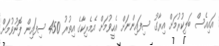
އައިއެސް ބަލިކުރުމަށް އިރާގު ސިފައިންނަށް އެހީވުމަށް އެމެރިކާގެ އިތުރު 450 ސިފައިން ފޮނުވުމަށް